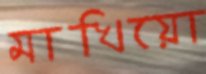
মাখিয়ো